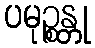
ပမုဉ္စန္တု